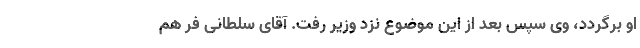
او برگردد، وی سپس بعد از این موضوع نزد وزیر رفت. آقای سلطانی فر هم